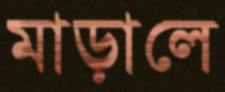
মাড়ালে